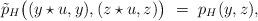
LaTeX: \begin{align*}\tilde{p}_H\bigl( (y\star u,y), ( z\star u, z) \bigr) ~=~ p_H(y, z),\end{align*}